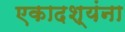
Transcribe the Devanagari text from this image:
एकादश्यंना